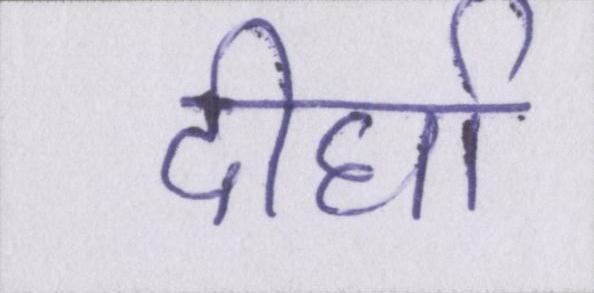
दीर्घा